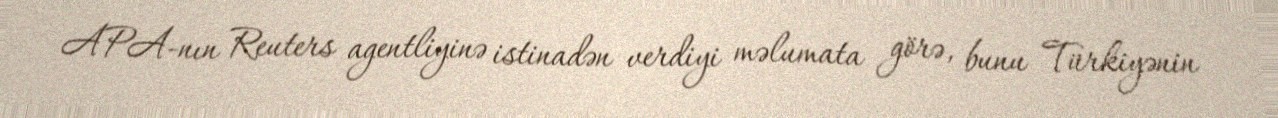
APA-nın Reuters agentliyinə istinadən verdiyi məlumata görə, bunu Türkiyənin